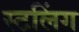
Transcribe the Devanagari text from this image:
स्टलिंग